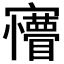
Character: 𡬆